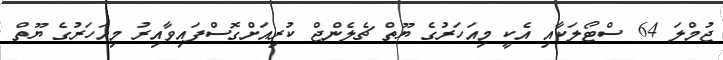
ޖުމްލަ 64 ސްޓޯލަކާއި އެކީ މިއަހަރުގެ ޔޫތް ޗެލެންޖް ކުރިއަށްގޮސްފައިވާއިރު މިއަހަރުގެ ޔޫތް